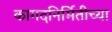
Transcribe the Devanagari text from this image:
कागदनिर्मितीच्या